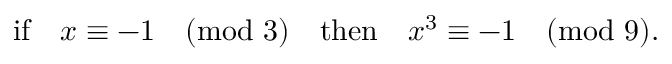
{ \mathrm { i f } } \quad x \equiv - 1 { \pmod { 3 } } \quad { \mathrm { t h e n } } \quad x ^ { 3 } \equiv - 1 { \pmod { 9 } } .